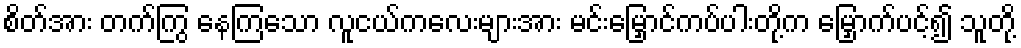
စိတ်အား တက်ကြွ နေကြသော လူငယ်ကလေးများအား မင်းမြှောင်ကပ်ပါးတို့က မြှောက်ပင့်၍ သူတို့